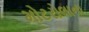
મોટરોલાના